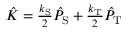
\begin{array} { r } { \hat { K } = \frac { k _ { \mathrm { S } } } { 2 } \hat { P } _ { \mathrm { S } } + \frac { k _ { \mathrm { T } } } { 2 } \hat { P } _ { \mathrm { T } } } \end{array}